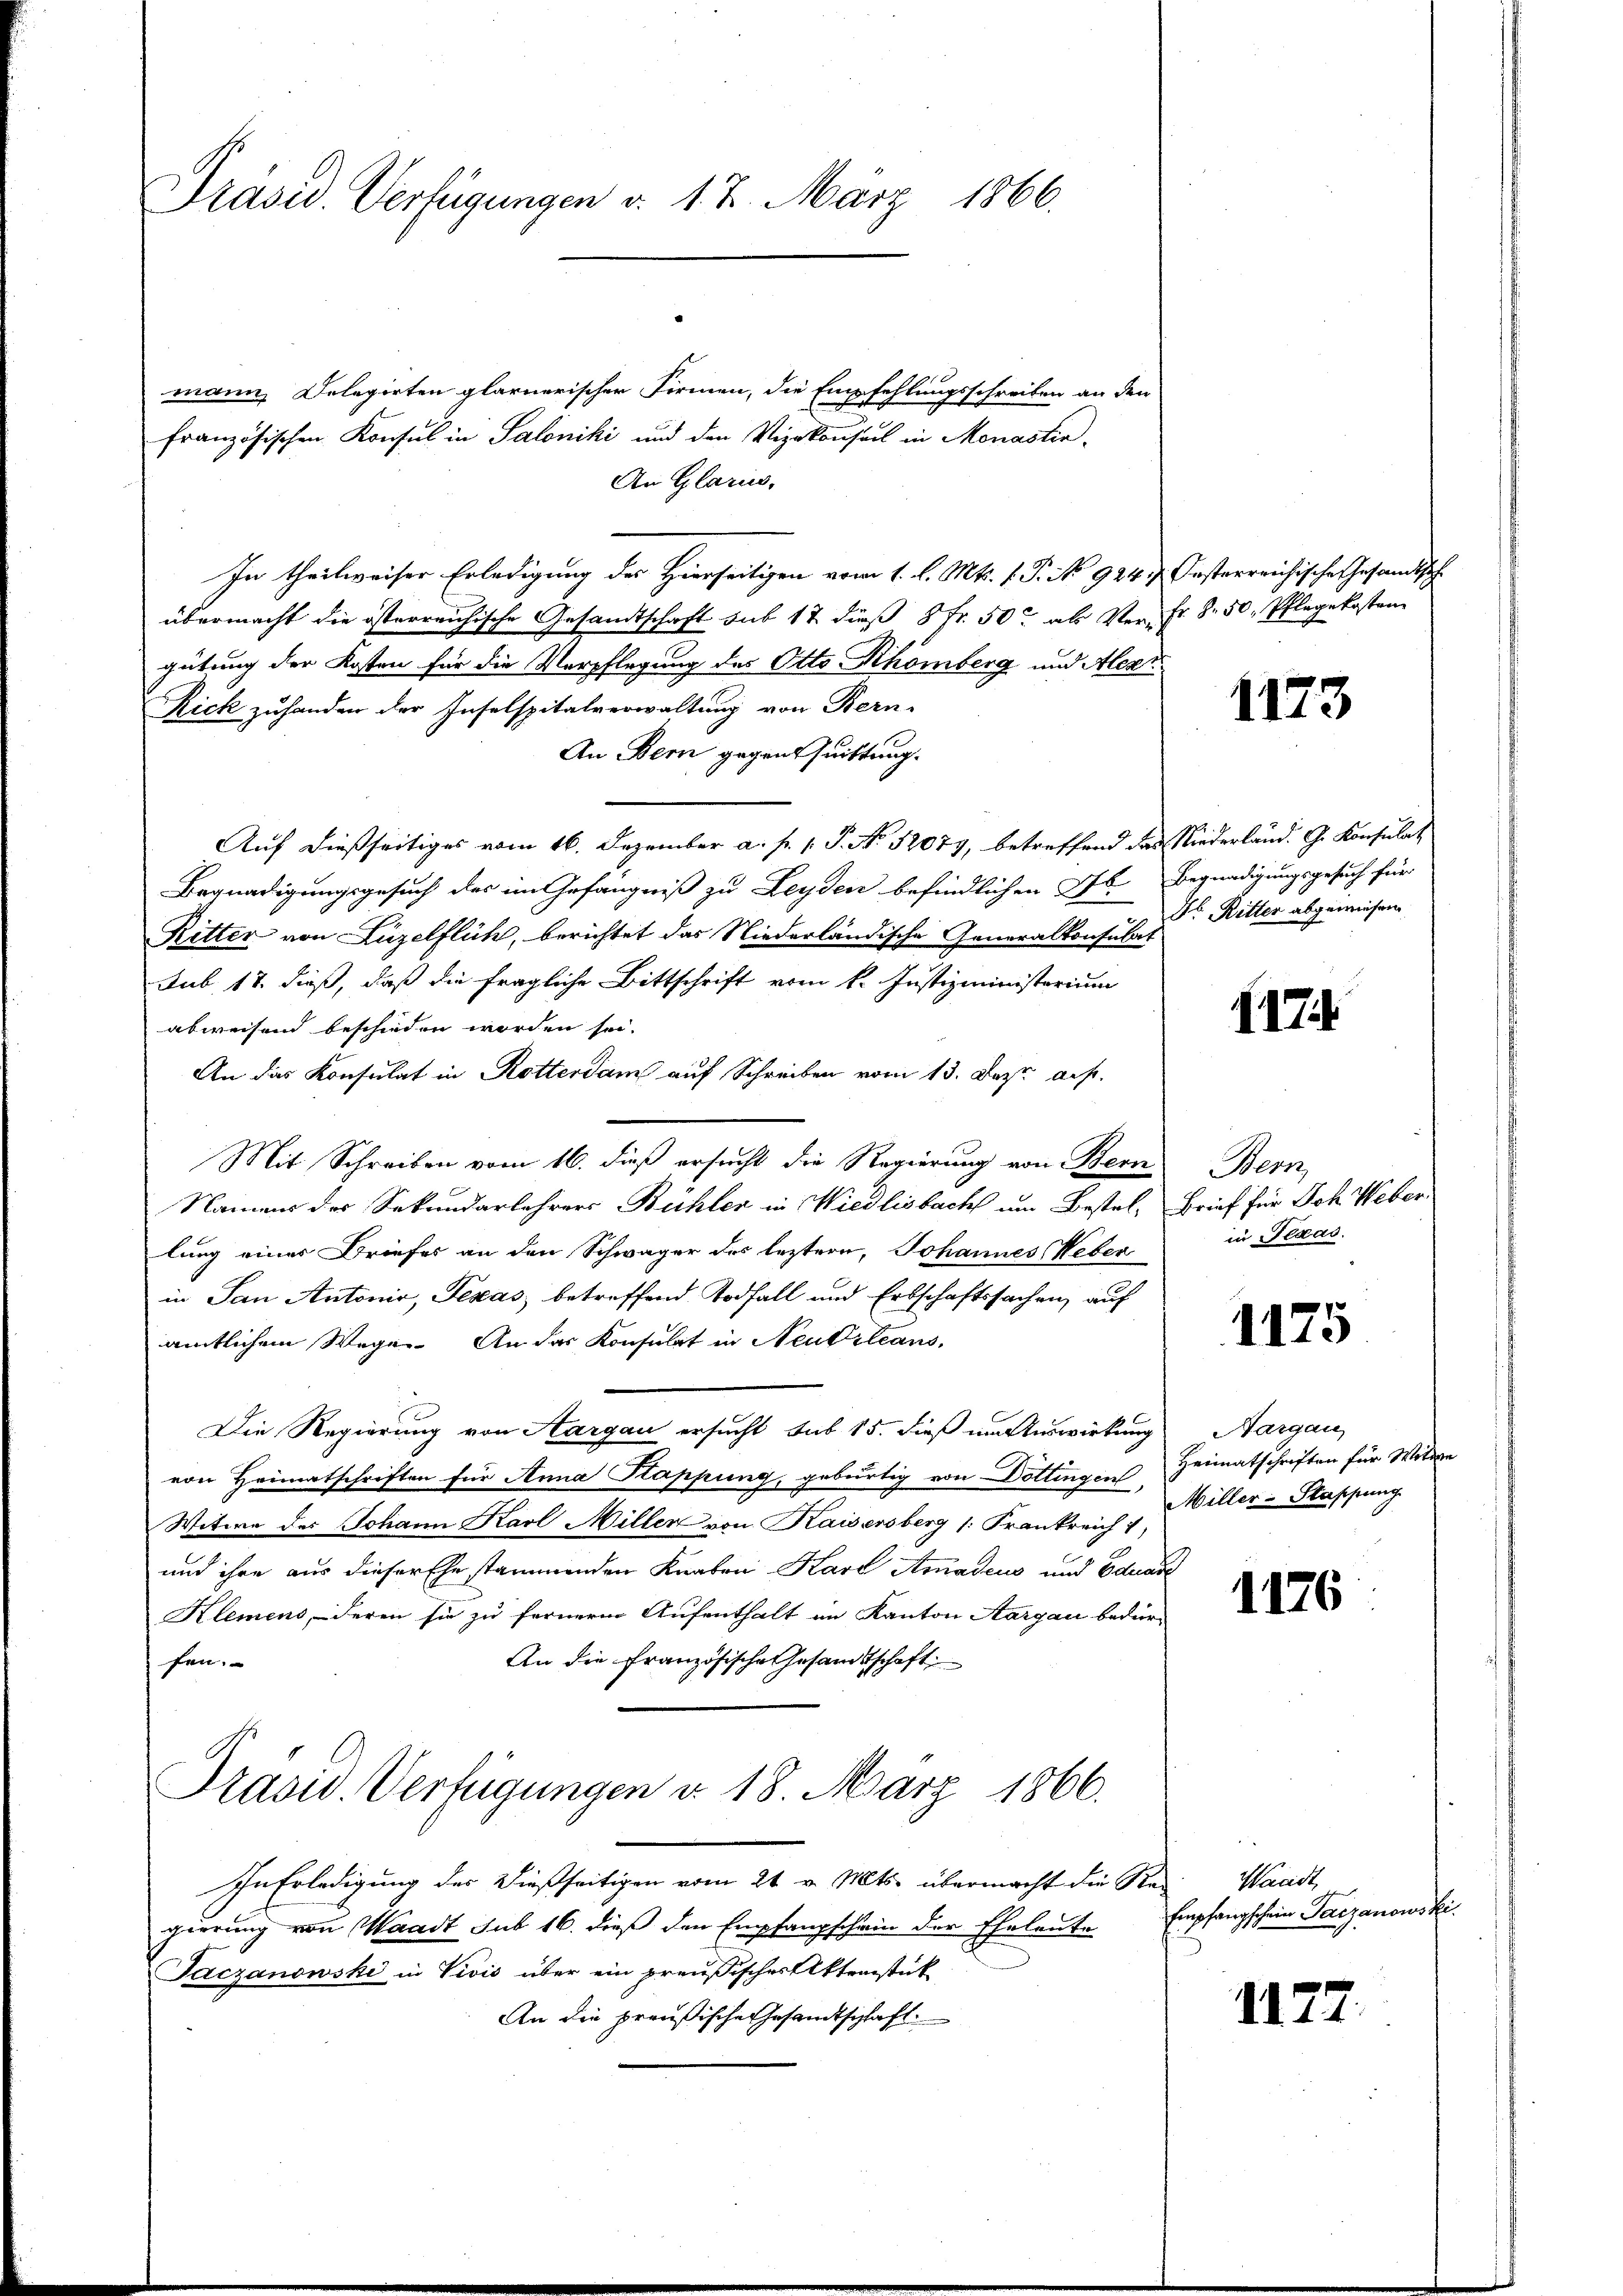
Präsid. Verfügungen v. 12. März 1866.

mann Delegirten glarnerischer Firmen, die Empfehlungsschreiben an den
französischen Konsul in Saloniki und den Vizekonseil in Monastia
An Glarus,
In theilweiser Erledigung des Hierseitigen vom 1. l. Mts. f. P. No. 924. Oesterreichisches Gesandtschübermacht die österreichische Gesandtschaft sub 17 dieß 8 Fr. 50 als Ver-Fr. 8. 50, Pflegekosten
gütung der Kosten für die Verpflegung des Otto Khömberg und Alexi
Rick zuhanden der Inselspitalverwaltung von Bern-
An Bern gegenssuchtung.
Auf dießseitiges vom 16. Dezember a. p. 1. P. No 52079, betreffend das Niederländ. G. Konsulat
Begnadigungsgesuch des im Gefängniß zu Leyden befindlichen Jb. Begnadigungsgesuch für
Ritter von Luzelflüh, berichtet das Niederländische Generalkonsulat
sub. 17. dieß, daß die fragliche Bittschrift vom k. Justizministerium
abweisend beschieden worden sei.
An das Konsulat in Rotterdam auf Schreiben vom 13. Dez. auf.
Mit Schreiben vom 16. dieß ersucht die Regierung von Bern
Namens des Sekundarlehrers Bühler in Wiedlisbach um Bestel, Brief für Joh. Weberlung einer Briefes an den Schwäger des leztern, Johannes Weber
in San Antonio, Texas betreffend Todfall und Erbschaftssachen, auf
amtlichem Wege. An das Konsulat in Neubileans
Die Regierung von Aargau ersucht sub 15. dieß im Auswirkung
von Heimatschriften für Anna Kappung, gebürtig von Döttingen Heimatschriften für Witten
Witwe des Johann Karl Miller von Kaisersberg (: Frankreich 1
und ihre aus dieser Ehe stammenden Knaben Karl Amadeus und Eduar
Klemens, deren sie zu fernern Aufenthalt im Kanton Aargau bedür¬
An die Französische Gesandtschaft
fen.

Prasid. Verfügungen d. 18. März 1866.

In Erledigung der dießseitigen vom 21. v. Mts. übermacht die Rei-Wacidt,
gierung von Waadt sub 16. dieß den Empfangschein der Eheleute
Jaczanowski in Vivis über ein preußischer Aktenstück
An die preußische Gesamtschaft

1173

Do Ritter abgewiesen.

1174

Bern,
in Pedas.

1175

Aargau
Miller-Staffung

1176

Empfangschein Tarzanowsk

1177.